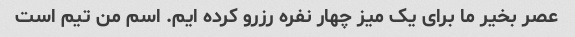
عصر بخیر ما برای یک میز چهار نفره رزرو کرده ایم. اسم من تیم است